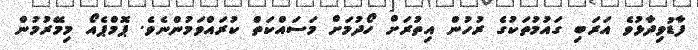
ފާޑުވިދާޅުވެ އަރަބި ގައުމުތަކުގެ ރުހުން އިތުރަށް ހޯދުމަށް މަސައްކަތް ކުރައްވަމުންނެވެ. ޕޮމްޕެއޯ މިމޭރުމުން